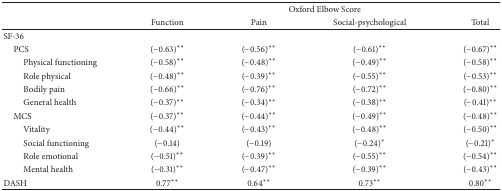
<table><thead><tr><td><b> </b></td><td colspan="4"><b>Oxford Elbow Score</b></td></tr><tr><td><b> </b></td><td><b>Function</b></td><td><b>Pain</b></td><td><b>Social-psychological</b></td><td><b>Total</b></td></tr></thead><tbody><tr><td>SF-36</td><td> </td><td> </td><td> </td><td> </td></tr><tr><td> PCS</td><td>(−0.63)∗∗</td><td>(−0.56)∗∗</td><td>(−0.61)∗∗</td><td>(−0.67)∗∗</td></tr><tr><td>Physical functioning</td><td>(−0.58)∗∗</td><td>(−0.48)∗∗</td><td>(−0.49)∗∗</td><td>(−0.58)∗∗</td></tr><tr><td>Role physical</td><td>(−0.48)∗∗</td><td>(−0.39)∗∗</td><td>(−0.55)∗∗</td><td>(−0.53)∗∗</td></tr><tr><td>Bodily pain</td><td>(−0.66)∗∗</td><td>(−0.76)∗∗</td><td>(−0.72)∗∗</td><td>(−0.80)∗∗</td></tr><tr><td>General health</td><td>(−0.37)∗∗</td><td>(−0.34)∗∗</td><td>(−0.38)∗∗</td><td>(−0.41)∗∗</td></tr><tr><td> MCS</td><td>(−0.37)∗∗</td><td>(−0.44)∗∗</td><td>(−0.49)∗∗</td><td>(−0.48)∗∗</td></tr><tr><td>Vitality</td><td>(−0.44)∗∗</td><td>(−0.43)∗∗</td><td>(−0.48)∗∗</td><td>(−0.50)∗∗</td></tr><tr><td>Social functioning</td><td>(−0.14)</td><td>(−0.19)</td><td>(−0.24)∗</td><td>(−0.21)∗</td></tr><tr><td>Role emotional</td><td>(−0.51)∗∗</td><td>(−0.39)∗∗</td><td>(−0.55)∗∗</td><td>(−0.54)∗∗</td></tr><tr><td>Mental health</td><td>(−0.31)∗∗</td><td>(−0.47)∗∗</td><td>(−0.39)∗∗</td><td>(−0.43)∗∗</td></tr><tr><td>DASH</td><td>0.77∗∗</td><td>0.64∗∗</td><td>0.73∗∗</td><td>0.80∗∗</td></tr></tbody></table>